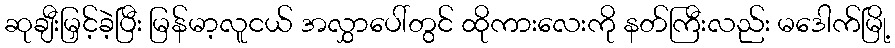
ဆုချီးမြှင့်ခဲ့ပြီး မြန်မာ့လူငယ် အလွှာပေါ်တွင် ထိုကားလေးကို နတ်ကြီးလည်း မဒေါက်မြို့